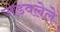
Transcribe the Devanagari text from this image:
जडवलेले